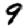
Digit: 9